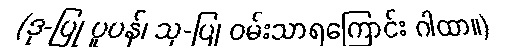
(ဒု-ပြု ပူပန်၊ သု-ပြု ဝမ်းသာရကြောင်း ဂါထာ။)